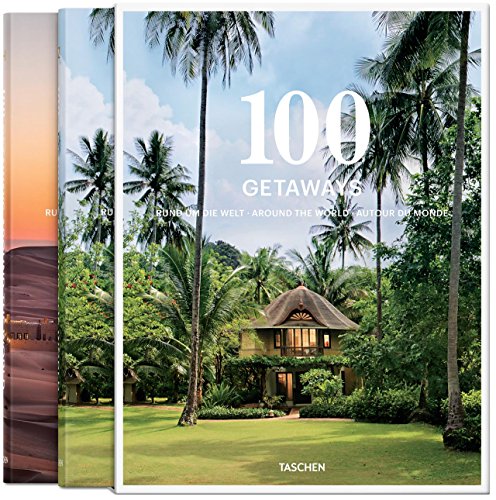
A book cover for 100 Getaways around the World, 2 Vol.; Travel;